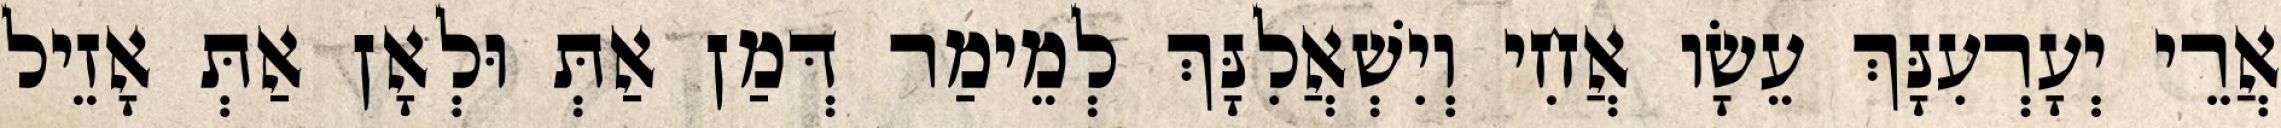
אֲרֵי יְעָרְעִנָּךְ עֵשָׂו אֲחִי וְיִשְׁאֲלִנָּךְ לְמֵימַר דְּמַן אַתְּ וּלְאָן אַתְּ אָזֵיל